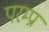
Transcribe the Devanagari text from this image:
परम्प्रा